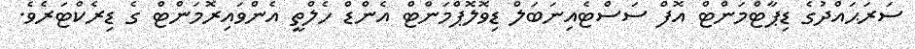
ސަރަޙައްދުގެ ޑިޕާޓްމަންޓް އޮފް ސަސްޓެއިނަބަލް ޑިވޮލޮޕްމަންޓް އެންޑް ހެލްތީ އެންވައިރޮމަންޓް ގެ ޑިރެކްޓަރެވެ.